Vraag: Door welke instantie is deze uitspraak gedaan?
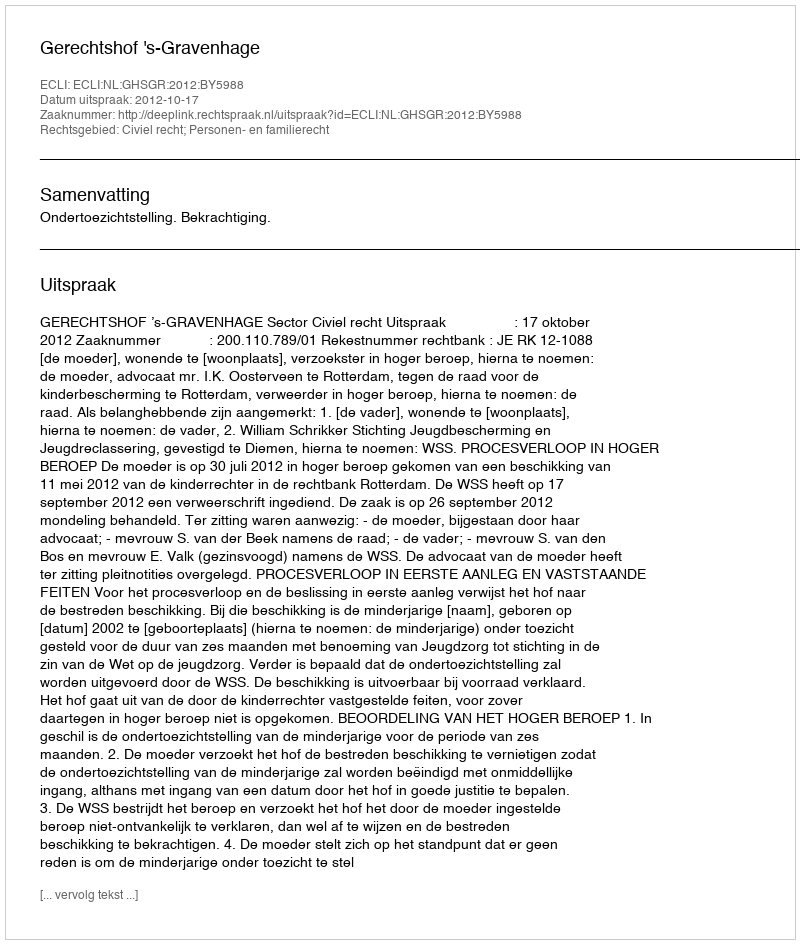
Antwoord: Gerechtshof 's-Gravenhage